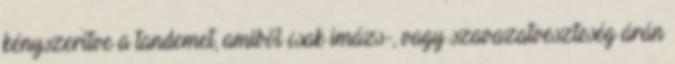
kényszerítve a tandemet, amiből csak imázs-, vagy szavazatveszteség árán